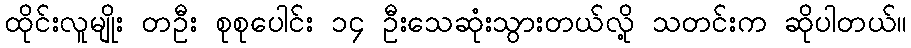
ထိုင်းလူမျိုး တဦး စုစုပေါင်း ၁၄ ဦးသေဆုံးသွားတယ်လို့ သတင်းက ဆိုပါတယ်။